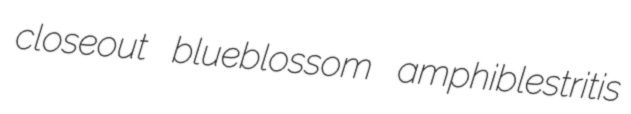
closeout blueblossom amphiblestritis